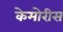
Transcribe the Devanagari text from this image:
केमोरीस